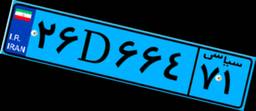
۲۶D۶۶۴۷۱